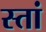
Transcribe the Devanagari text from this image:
स्तां